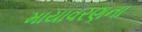
માયાવરણના